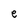
Character: e